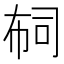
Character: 𢃊